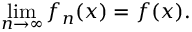
\operatorname* { l i m } _ { n \rightarrow \infty } f _ { n } ( x ) = f ( x ) .